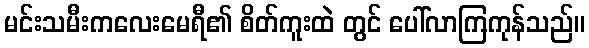
မင်းသမီးကလေးမေရီ၏ စိတ်ကူးထဲ တွင် ပေါ်လာကြကုန်သည်။